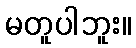
မတူပါဘူး။